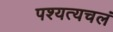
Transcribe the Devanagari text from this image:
पश्यत्यचलं